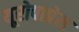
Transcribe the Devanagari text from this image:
यूरोपाप्रेस